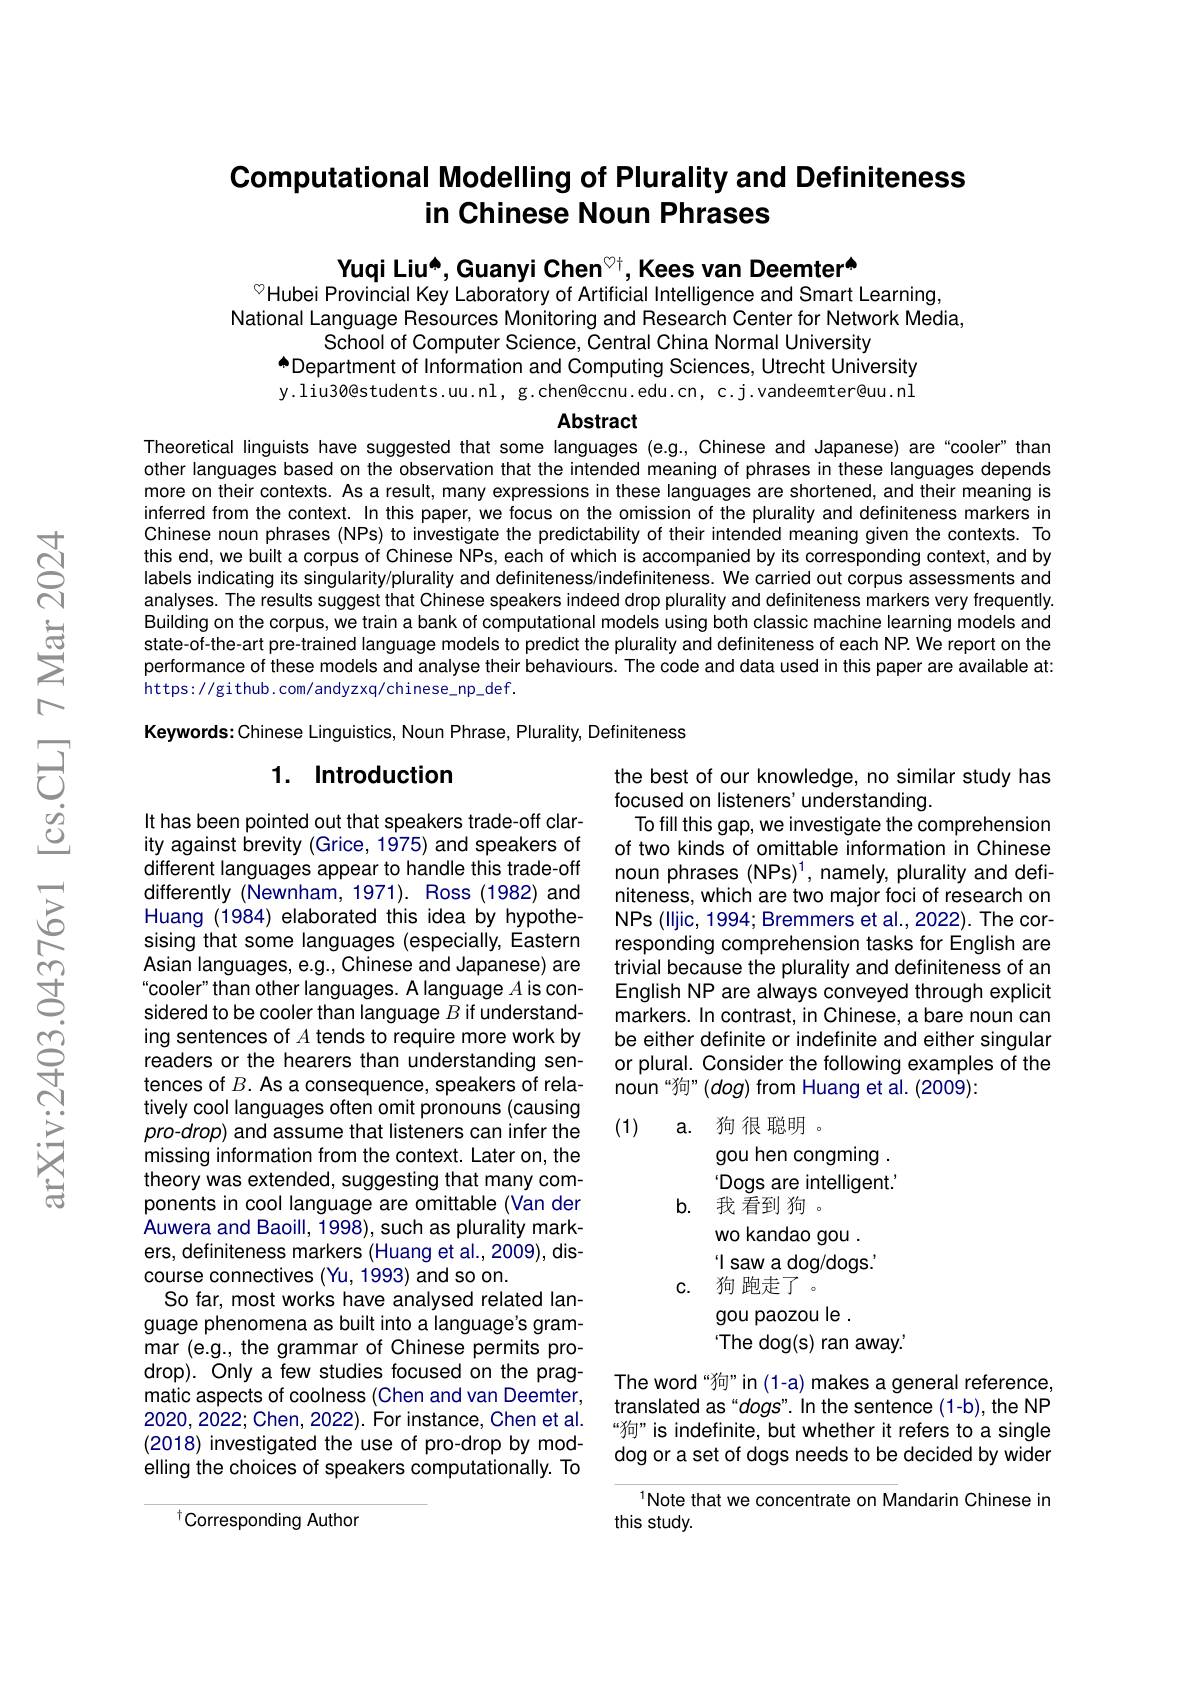
## Computational Modelling of Plurality and Definiteness in Chinese Noun Phrases

Yuqi Liu[INDEX] Guanyi Chen$^{\textcircled{\mathrm{t}}}$, Kees van Deemter$^{\textcircled{\mathrm{t}}}$
$^{\circ}$Hubei Provincial Key Laboratory of Artificial Intelligence and Smart Learning,

National Language Resources Monitoring and Research Center for Network Media,
School of Computer Science, Central China Normal University
$^{\bullet}$Department of Information and Computing Sciences, Utrecht University y.liu30@students.uu.nl, g.chen@ccnu.edu.cn, c.j.vandeemter@uu.nl

## Abstract

Theoretical linguists have suggested that some languages (e.g., Chinese and Japanese) are“cooler" than other languages based on the observation that the intended meaning of phrases in these languages depends more on their contexts. As a result, many expressions in these languages are shortened, and their meaning is inferred from the context. In this paper, we focus on the omission of the plurality and definiteness markers in Chinese noun phrases (NPs) to investigate the predictability of their intended meaning given the contexts. To this end, we built a corpus of Chinese NPs, each of which is accompanied by its corresponding context, and by labels indicating its singularity/plurality and definiteness/indefiniteness. We carried out corpus assessments and analyses. The results suggest that Chinese speakers indeed drop plurality and definiteness markers very frequently. Building on the corpus, we train a bank of computational models using both classic machine learning models and state-of-the-art pre-trained language models to predict the plurality and definiteness of each NP. We report on the performance of these models and analyse their behaviours. The code and data used in this paper are available at: https: //github. com/andyzxq/chinese\_np\_def.

Keywords: Chinese Linguistics, Noun Phrase, Plurality, Definiteness

### 1. Introduction

It has been pointed out that speakers trade-off clarity against brevity (Grice, 1975) and speakers of different languages appear to handle this trade-off differently (Newnham, 1971). Ross (1982) and Huang (1984) elaborated this idea by hypothesising that some languages (especially, Eastern Asian languages, e.g., Chinese and Japanese) are cooler" than other languages. A language $A$ is considered to be cooler than language $B$ if understanding sentences of $A$ tends to require more work by readers or the hearers than understanding sentences of $B.$ As a consequence, speakers of relatively cool languages often omit pronouns (causing pro-drop) and assume that listeners can infer the missing information from the context. Later on, the theory was extended, suggesting that many components in cool language are omittable (Van der Auwera and Baoill, 1998), such as plurality markers, definiteness markers (Huang et al., 2009), discourse connectives (Yu, 1993) and so on.
So far, most works have analysed related language phenomena as built into a language's grammar (e.g., the grammar of Chinese permits prodrop). Only a few studies focused on the pragmatic aspects of coolness (Chen and van Deemter, 2020,2022; Chen, 2022). For instance, Chen et al. (2018) investigated the use of pro-drop by modelling the choices of speakers computationally. To

the best of our knowledge, no similar study has
focused on listeners' understanding.
To fill this gap, we investigate the comprehension of two kinds of omittable information in Chinese noun phrases $(\mathsf{NPs})^1$, namely, plurality and definiteness, which are two major foci of research on NPs (lljic, 1994; Bremmers et al., 2022). The corresponding comprehension tasks for English are trivial because the plurality and definiteness of an English NP are always conveyed through explicit markers. In contrast, in Chinese, a bare noun can be either definite or indefinite and either singular or plural. Consider the following examples of the noun“狗”(dog) from Huang et al.(2009):
(1)
a. 狗很聪明
gou hen congming . 'Dogs are intelligent.'
b. 我 看到 狗
wo kandao gou . $\operatorname*{'l~saw~a~dog/dogs.'}$
c. 狗 跑走了。
gou paozou le .
The dog(s) ran away.'
The word“狗”in(1-a) makes a general reference, translated as“dogs". In the sentence(1-b), the NP “狗”is indefinite, but whether it refers to a single dog or a set of dogs needs to be decided by wider
$^{1}$Note that we concentrate on Mandarin Chinese in
this study.

$^{\dagger}$Corresponding Author